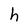
Character: h